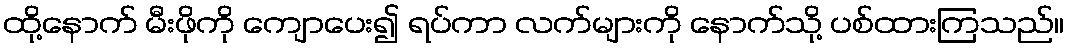
ထို့နောက် မီးဖိုကို ကျောပေး၍ ရပ်ကာ လက်များကို နောက်သို့ ပစ်ထားကြသည်။